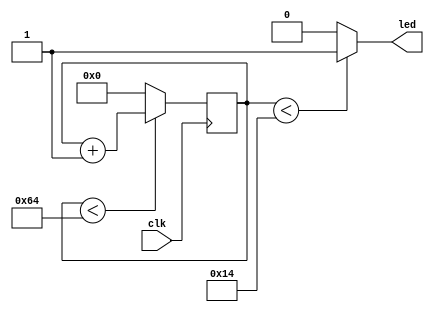
`timescale 1ns / 1ps
//////////////////////////////////////////////////////////////////////////////////
// Company: 
// Engineer: 
// 
// Design Name: 
// Module Name:    pwm_w 
// Project Name: 
// Target Devices: 
// Tool versions: 
// Description: 
//
// Dependencies: 
//
// Revision: 
// Revision 0.01 - File Created
// Additional Comments: 
//
//////////////////////////////////////////////////////////////////////////////////
module pwm_w(
    input clk,
    output led
    );
reg [7:0] counter=0;
always@(posedge clk)
begin
	 if(counter<100)
	   counter=counter+1;
	 else
	    counter=0;
end
assign led=(counter<20)?1:0;


endmodule